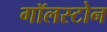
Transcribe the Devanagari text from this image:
गॉलस्टोन